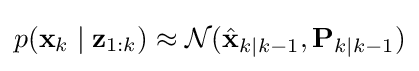
p(\mathbf {x} _{k}\mid \mathbf {z} _{1:k})\approx {\mathcal {N}}({\hat {\mathbf {x} }}_{k|k-1},\mathbf {P} _{k|k-1})